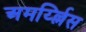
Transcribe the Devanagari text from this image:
अमर्य्ल्लिस